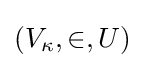
(V_{\kappa },\in ,U)